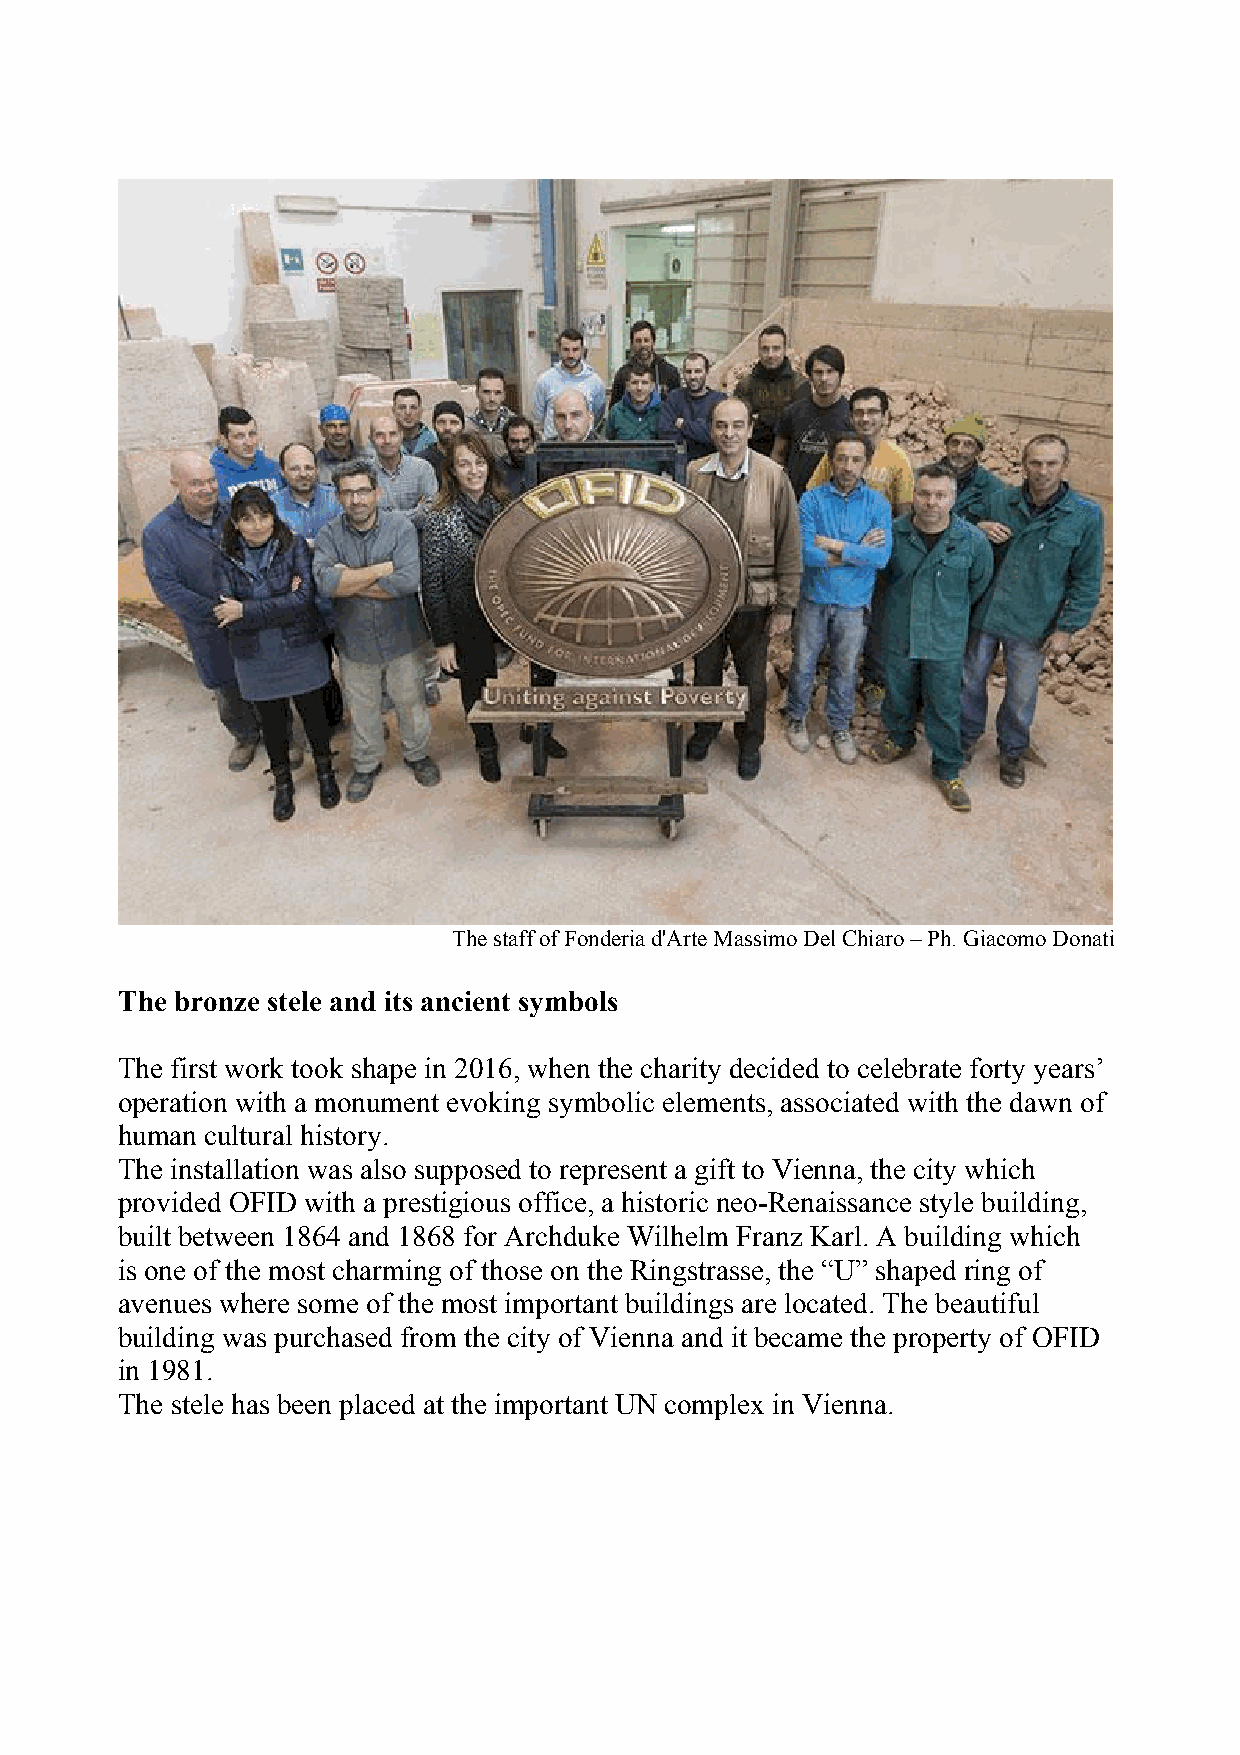
The staff of Fonderia d'Arte Massimo Del Chiaro – Ph. Giacomo Donati
 The bronze stele and its ancient symbols
 The first work took shape in 2016, when the charity decided to celebrate forty years’
 operation with a monument evoking symbolic elements, associated with the dawn of
 human cultural history.
 The installation was also supposed to represent a gift to Vienna, the city which
 provided OFID with a prestigious office, a historic neo-Renaissance style building,
 built between 1864 and 1868 for Archduke Wilhelm Franz Karl. A building which
 is one of the most charming of those on the Ringstrasse, the “U” shaped ring of
 avenues where some of the most important buildings are located. The beautiful
 building was purchased from the city of Vienna and it became the property of OFID
 in 1981.
 The stele has been placed at the important UN complex in Vienna.